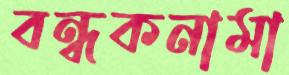
বন্ধকনামা